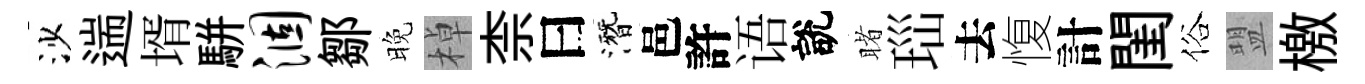
沙遄壻駢涸鄒晚棹柰曰潛邑許语說睹𤤼去愎計閨俗盟檄